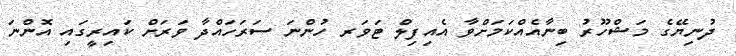
ދުނިޔޭގެ މަޝްހޫރު ބިނާއެއްކަމަށްވާ އެއިފިލް ޓަވަރ ހުންނަ ސަރަހައްދާ ވަރަށް ކައިރީގައި އޮންނަ